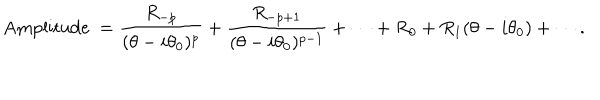
LaTeX: \mathrm { A m p l i t u d e ~ } = \frac { R _ { - p } } { ( \theta - i \theta _ { 0 } ) ^ { p } } + \frac { R _ { - p + 1 } } { ( \theta - i \theta _ { 0 } ) ^ { p - 1 } } + \cdots + R _ { 0 } + R _ { 1 } ( \theta - i \theta _ { 0 } ) + \cdots .